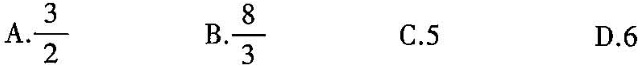
A.\frac{3}{2} B.\frac{8}{3} C.5 D.6